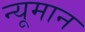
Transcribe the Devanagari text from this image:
न्यूमान